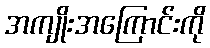
အကျိုးအကြောင်းကို